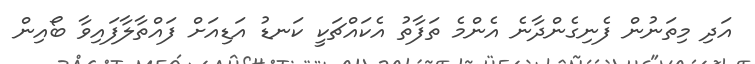
އަދި މިތަނުން ފެނިގެންދާނެ އެންމެ ތަފާތު އެކައްޗަކީ ކަނޑު އަޑިއަށް ފައްތާލާފައިވާ ބޯއިން